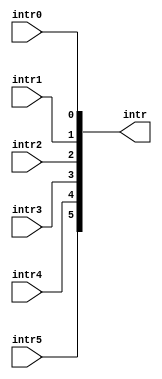
`timescale 1ns / 1ps

module intr_concat(
    input  wire       intr0,
    input  wire       intr1,
    input  wire       intr2,
    input  wire       intr3,
    input  wire       intr4,
    input  wire       intr5,
    
    output wire [5:0] intr
);

    assign intr = {intr5, intr4, intr3, intr2, intr1, intr0};

endmodule